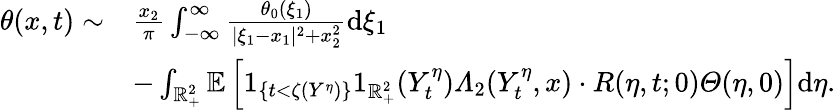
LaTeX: \begin{array}{rl}{\theta(x,t)\sim}&{\frac{x_{2}}{\pi}\int_{-\infty}^{\infty}\frac{\theta_{0}(\xi_{1})}{|\xi_{1}-x_{1}|^{2}+x_{2}^{2}}\mathrm{d}\xi_{1}}\\ &{-\int_{\mathbb{R}_{+}^{2}}\mathbb{E}\left[1_{\{ t<\zeta(Y^{\eta})\} }1_{\mathbb{R}_{+}^{2}}(Y_{t}^{\eta})\varLambda_{2}(Y_{t}^{\eta},x)\cdot R(\eta,t;0)\varTheta(\eta,0)\right]\mathrm{d}\eta.}\end{array}